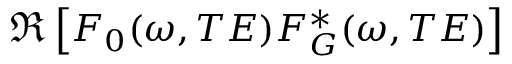
\Re \left[ F _ { 0 } ( \omega , T E ) F _ { G } ^ { * } ( \omega , T E ) \right]